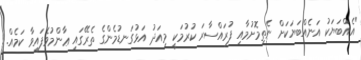
"އެއްބަޔަކު އަނެއްބަޔަކަށް ނެތިމޮށުމާއި ފުރައްސާރަ ކުރުމަކީ މިއަދު އަޅުގަނޑުމެންގެ ތެރޭގައި ޢާންމުވެފައިވާ ކަމެއް.